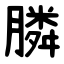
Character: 膦